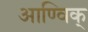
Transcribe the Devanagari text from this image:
आण्विक्